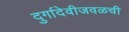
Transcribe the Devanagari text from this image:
दुर्गादेवीजवळची